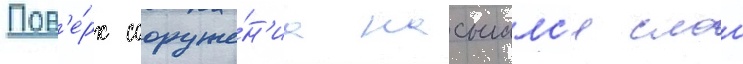
Пов'е́рх сооруже́н'иа насыпалс'я слои